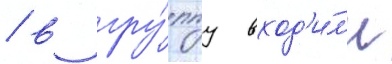
/ в гру́ппу вход'и́л'и